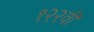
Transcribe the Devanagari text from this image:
१२२वी